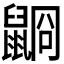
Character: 𪕥